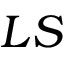
L S